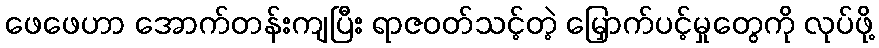
ဖေဖေဟာ အောက်တန်းကျပြီး ရာဇဝတ်သင့်တဲ့ မြှောက်ပင့်မှုတွေကို လုပ်ဖို့